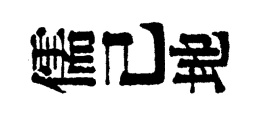
儒己地